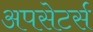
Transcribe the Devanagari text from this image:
अपसेटर्स